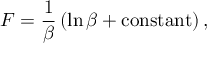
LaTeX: F = \frac 1 \beta \left( \ln \beta + \mathrm { c o n s t a n t } \right) ,